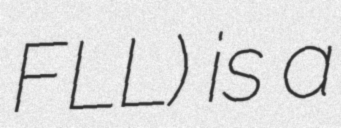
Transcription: FLL) is a